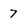
Character: 7